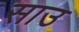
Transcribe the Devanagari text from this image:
साउ